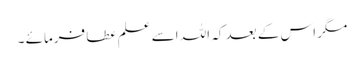
مگر اس کے بعد کہ اللہ اسے علم عطا فرمائے ۔